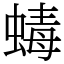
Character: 蝳